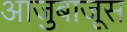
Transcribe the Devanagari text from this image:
आजुबाजूस